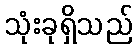
သုံးခုရှိသည်